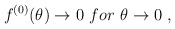
\begin{align*}f^{(0)}(\theta)\to 0 \ for \ \theta\to 0 \ ,\end{align*}